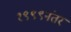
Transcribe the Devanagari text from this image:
१९९९नंतर